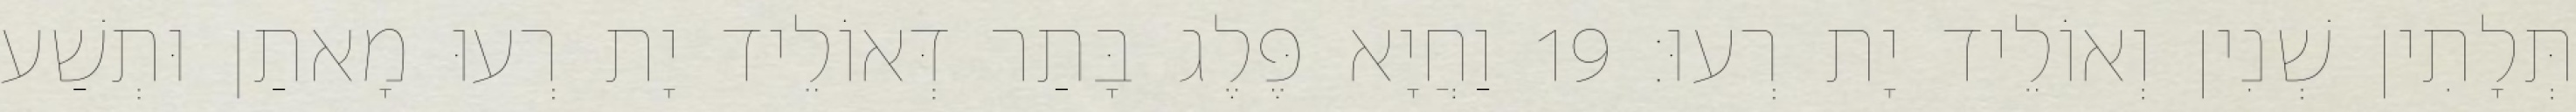
תְּלָתִין שְׁנִין וְאוֹלֵיד יָת רְעוּ׃ 19 וַחֲיָא פֶּלֶג בָּתַר דְּאוֹלֵיד יָת רְעוּ מָאתַן וּתְשַׁע